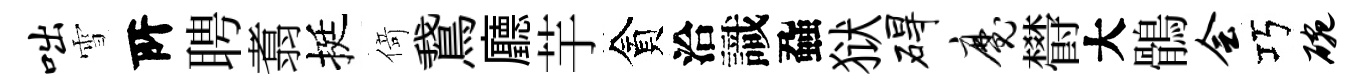
咄雪𠩄聘翥挺𠋣鵞廳芋貪洽識蝨狱碍魔欎大鶻会巧碗